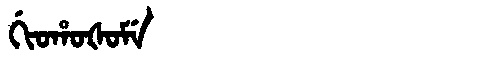
Manchu: ᡤᡳᠣᡥᠣᡧᠣᠮᡝ
Romanization: GIOHOŠOME